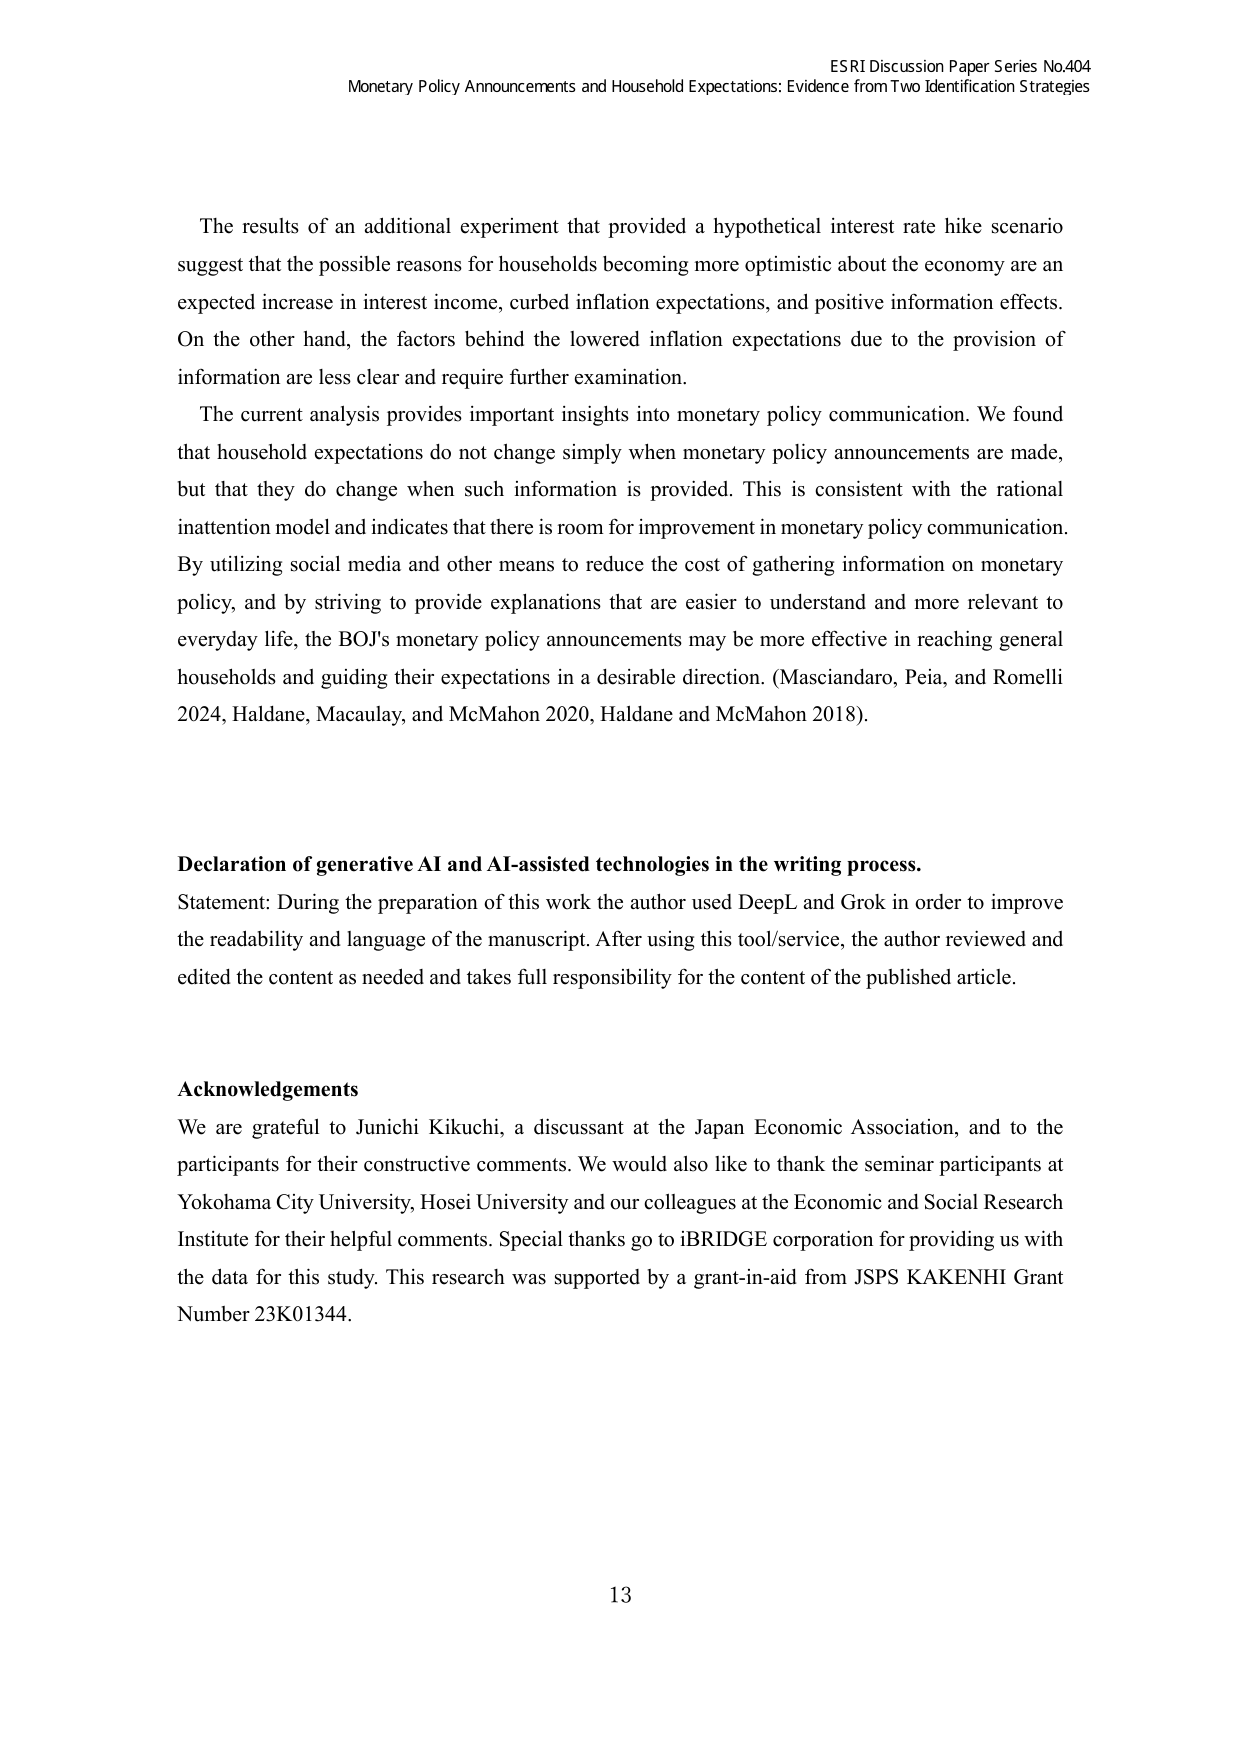
ESRI Discussion Paper Series No.404
Monetary Policy Announcements and Household Expectations: Evidence from Two Identification Strategies

The results of an additional experiment that provided a hypothetical interest rate hike scenario suggest that the possible reasons for households becoming more optimistic about the economy are an expected increase in interest income, curbed inflation expectations, and positive information effects. On the other hand, the factors behind the lowered inflation expectations due to the provision of information are less clear and require further examination.

The current analysis provides important insights into monetary policy communication. We found that household expectations do not change simply when monetary policy announcements are made, but that they do change when such information is provided. This is consistent with the rational inattention model and indicates that there is room for improvement in monetary policy communication. By utilizing social media and other means to reduce the cost of gathering information on monetary policy, and by striving to provide explanations that are easier to understand and more relevant to everyday life, the BOJ's monetary policy announcements may be more effective in reaching general households and guiding their expectations in a desirable direction. (Masciandaro, Peia, and Romelli 2024, Haldane, Macaulay, and McMahon 2020, Haldane and McMahon 2018).

Declaration of generative AI and AI-assisted technologies in the writing process.
Statement: During the preparation of this work the author used DeepL and Grok in order to improve the readability and language of the manuscript. After using this tool/service, the author reviewed and edited the content as needed and takes full responsibility for the content of the published article.

Acknowledgements
We are grateful to Junichi Kikuchi, a discussant at the Japan Economic Association, and to the participants for their constructive comments. We would also like to thank the seminar participants at Yokohama City University, Hosei University and our colleagues at the Economic and Social Research Institute for their helpful comments. Special thanks go to iBRIDGE corporation for providing us with the data for this study. This research was supported by a grant-in-aid from JSPS KAKENHI Grant Number 23K01344.

13